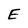
Character: E